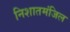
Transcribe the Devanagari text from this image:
निशातमंजिल